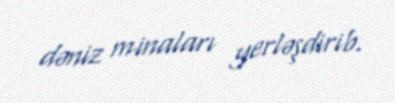
dəniz minaları yerləşdirib.